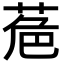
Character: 𮏘